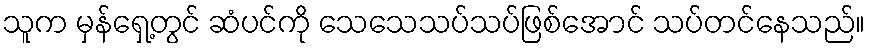
သူက မှန်ရှေ့တွင် ဆံပင်ကို သေသေသပ်သပ်ဖြစ်အောင် သပ်တင်နေသည်။